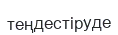
теңдестіруде